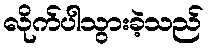
လိုက်ပါသွားခဲ့သည်